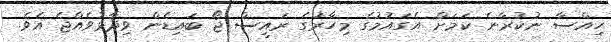
ހިއްސާ ނުކުރާނެ ކަމަށް އެގައުމުގެ މިހާރުގެ ރައީސް ޖޯ ބައިޑެން ވިދާޅުވެއްޖެ އެވެ.